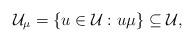
LaTeX: \begin{align*} \mathcal{U}_\mu=\{u\in\mathcal{U}:u\mu\}\subseteq\mathcal{U},\end{align*}